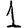
Digit: 1